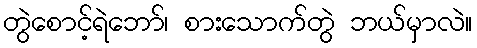
တွဲစောင့်ရဲဘော်၊ စားသောက်တွဲ ဘယ်မှာလဲ။